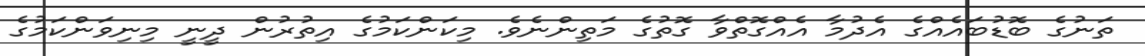
ތަނުގެ ބޮޑުބައެއްގެ އެދުމާ އެއްގޮތްވާ ގޮތުގެ މަތިންނެވެ. މިކަންކަމުގެ އިތުރުން ދީނީ މިނިވަންކަމުގެ